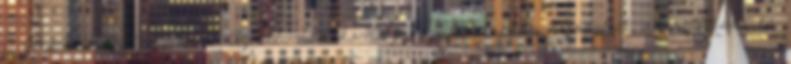
A JOGHARMONIZÁCIÓ. Az államok konszenzusa alapján elfogadott, szerződéses és